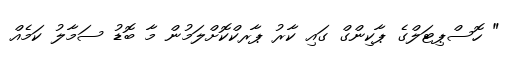
" ހޮސްޕިޓަލްގެ ޕާކިންގް ގައި ކާރު ޕާރކްކޮށްލަމުން މާ ބޮޑު ސަމާލު ކަމެއް